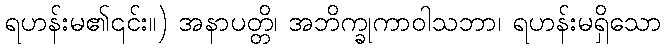
ရဟန်းမ၏၎င်း။) အနာပတ္တိ၊ အဘိက္ခုကာဝါသဘာ၊ ရဟန်းမရှိသော